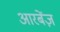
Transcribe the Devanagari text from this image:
आरबेंज़